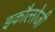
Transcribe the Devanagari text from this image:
इकौलोजी